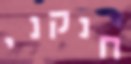
חנקני